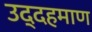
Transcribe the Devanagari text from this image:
उद्दहमाण